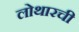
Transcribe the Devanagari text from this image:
लोथारची